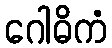
ဂေါဓိကံ